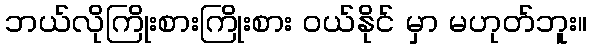
ဘယ်လိုကြိုးစားကြိုးစား ဝယ်နိုင် မှာ မဟုတ်ဘူး။